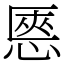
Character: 㥦